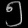
Digit: ၅